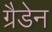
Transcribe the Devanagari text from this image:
ग्रैडेन